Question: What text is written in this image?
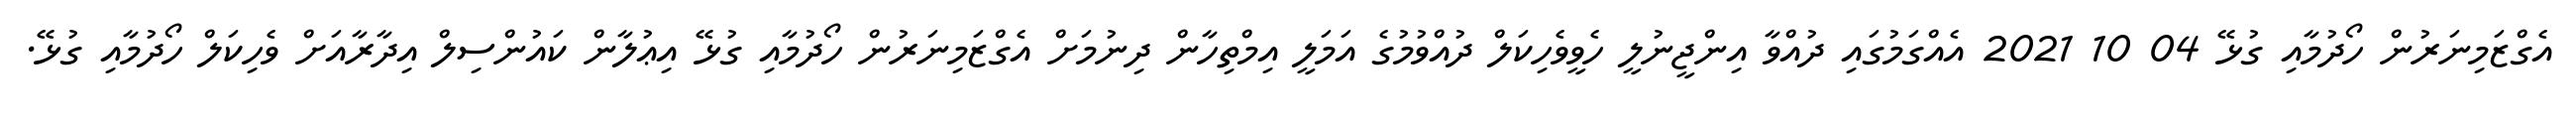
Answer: އެގްޒަމިނަރުން ހޯދުމާއި ގުޅޭ 04 10 2021 އެއްގަމުގައި ދުއްވާ އިންޖީނުލީ ހެވީވެހިކަލް ދުއްވުމުގެ އަމަލީ އިމްތިހާން ދިނުމަށް އެގްޒަމިނަރުން ހޯދުމާއި ގުޅޭ އިޢުލާން ކައުންސިލް އިދާރާއަށް ވެހިކަލް ހޯދުމާއި ގުޅޭ.